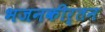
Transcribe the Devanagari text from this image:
भजनकीर्तन